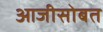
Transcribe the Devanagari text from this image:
आजीसोबत